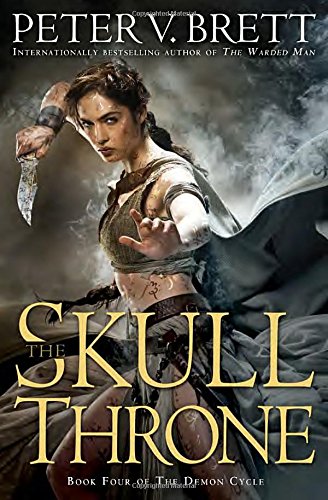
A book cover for The Skull Throne: Book Four of The Demon Cycle; Peter V. Brett; Science Fiction & Fantasy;